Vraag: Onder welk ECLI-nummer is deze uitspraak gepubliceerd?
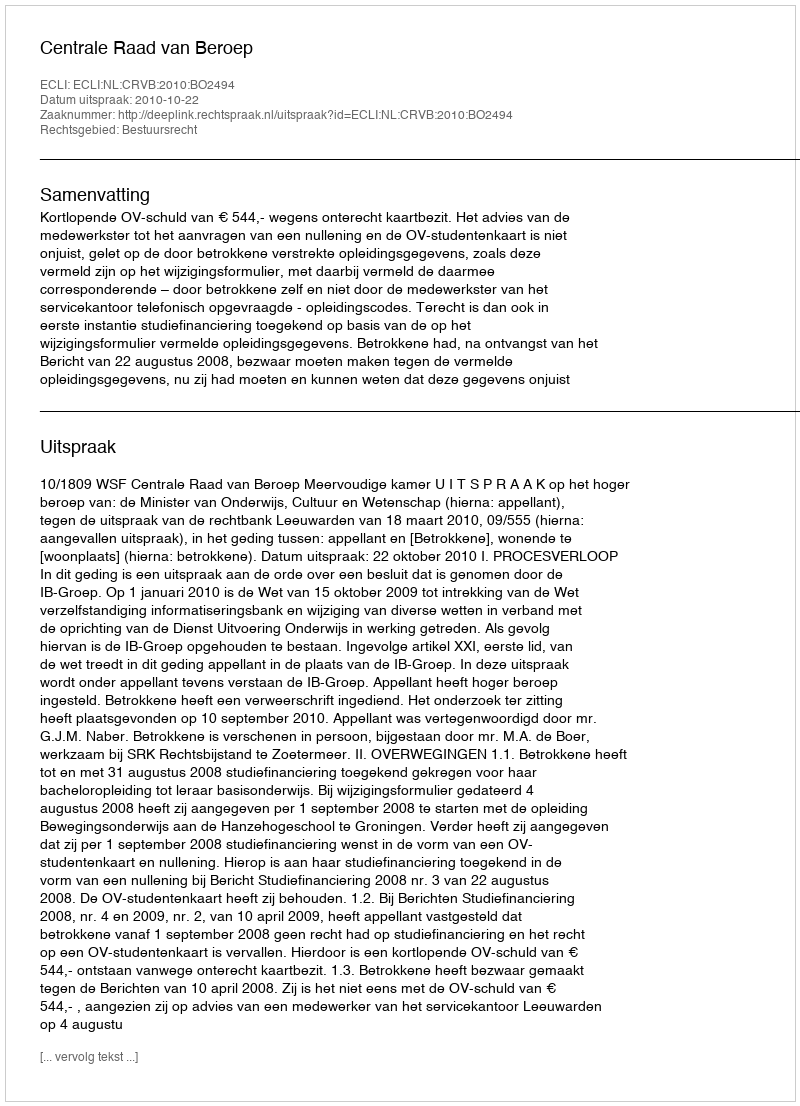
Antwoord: ECLI:NL:CRVB:2010:BO2494